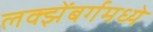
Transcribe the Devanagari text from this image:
लक्झेंबर्गमध्ये